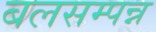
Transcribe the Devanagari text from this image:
बलसम्पन्न